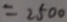
= 2 5 0 0